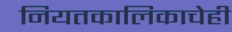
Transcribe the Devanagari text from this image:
नियतकालिकाचेही